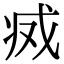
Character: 𢦬